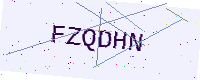
Text: FZQDHN